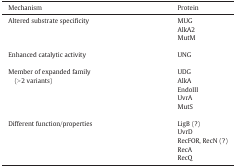
<table><thead><tr><td><b>Mechanism</b></td><td><b>Protein</b></td></tr></thead><tbody><tr><td rowspan="3">Altered substrate specificity</td><td>MUG</td></tr><tr><td>AlkA2</td></tr><tr><td>MutM</td></tr><tr><td>Enhanced catalytic activity</td><td>UNG</td></tr><tr><td rowspan="5">Member of expanded family (&gt; 2 variants)</td><td>UDG</td></tr><tr><td>AlkA</td></tr><tr><td>EndoIII</td></tr><tr><td>UvrA</td></tr><tr><td>MutS</td></tr><tr><td rowspan="5">Different function/properties</td><td>LigB (?)</td></tr><tr><td>UvrD</td></tr><tr><td>RecFOR, RecN (?)</td></tr><tr><td>RecA</td></tr><tr><td>RecQ</td></tr></tbody></table>